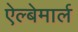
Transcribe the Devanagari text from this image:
ऐल्बेमार्ल